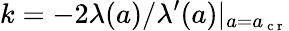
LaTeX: k=-{2\lambda(a)}/{\lambda^{\prime}(a)}|_{a=a_{\mathrm{~c~r~}}}